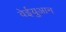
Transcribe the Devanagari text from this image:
वेईयुआन